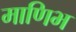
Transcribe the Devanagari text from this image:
माणिभ